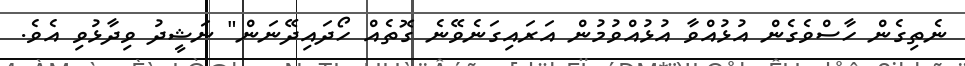
ނެތިގެން ހާސްވެގެން އުޅުއްވާ އުޅުއްވުމުން އަރައިގަނެވޭނެ ގޮތެއް ހޯދައިދޭނަން" ނަޝީދު ވިދާޅުވި އެވެ.